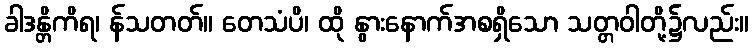
ခါဒန္တိကိရ၊ န်သတတ်။ တေသံပိ၊ ထို နွားနောက်အစရှိသော သတ္တဝါတို့၌လည်း။